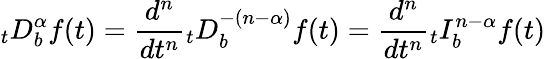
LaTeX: _{t}D_{b}^{\alpha}f(t)={\frac{d^{n}}{dt^{n}}}{}_{t}D_{b}^{-(n-\alpha)}f(t)={\frac{d^{n}}{dt^{n}}}{}_{t}I_{b}^{n-\alpha}f(t)